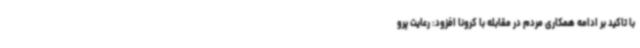
با تاکید بر ادامه همکاری مردم در مقابله با کرونا افزود: رعایت پرو